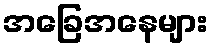
အခြေအနေများ